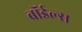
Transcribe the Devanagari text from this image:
बॉईल्स